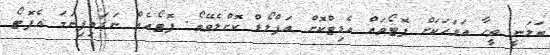
ބަލަނީ ވީހާ އަވަހަކަށް ފޮޓޯތައް އެޑިޓްކޮށް އަޕްލޯޑް ކޮށްލެވޭތޯ. ފޮޓޯއެއް ނަގައިފިނަމަ އެފޮޓޯ